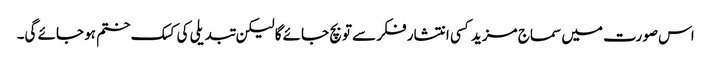
اس صورت میں سماج مزید کسی انتشار فکر سے تو بچ جائے گا لیکن تبدیلی کی کسک ختم ہو جائے گی۔